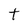
Character: t